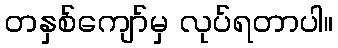
တနှစ်ကျော်မှ လုပ်ရတာပါ။